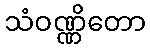
သံဝဏ္ဏိတော